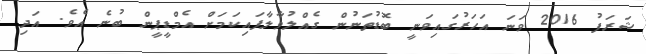
ޝަރަފު 2016 ވަނަ އަހަރުގައިވަނީ ބޮޑުތަނުން ގެއްލުވާލާފައިކަމަށް އެމްޑީޕީން ބުނެ އެވެ. އަދި